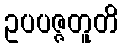
ဥပပဇ္ဇတူတိ